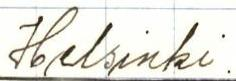
Helsinki.